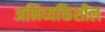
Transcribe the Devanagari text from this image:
अभिव्यक्तिशील